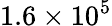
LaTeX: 1.6\times 10^{5}